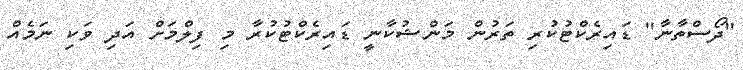
''ދޯސްތާނާ'' ޑައިރެކްޓުކުރި ތަރުން މަންޝުކާނީ ޑައިރެކްޓުކުރާ މި ފިލްމަށް އަދި ވަކި ނަމެއް